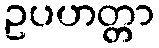
ဥပဟတ္တာ